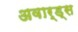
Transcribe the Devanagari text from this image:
अवार्ड्स